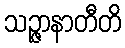
သဉ္ဇာနာတီတိ